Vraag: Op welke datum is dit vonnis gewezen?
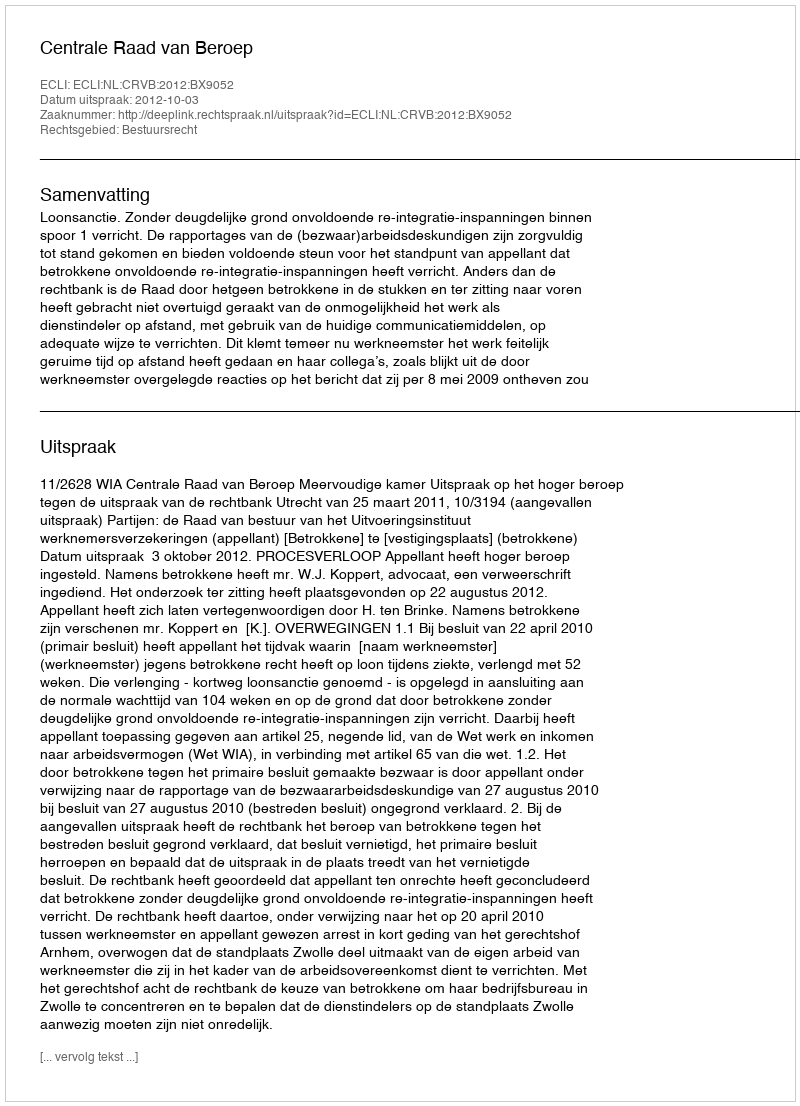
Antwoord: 2012-10-03